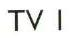
TV I